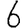
Digit: 6